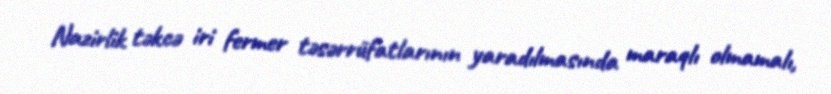
Nazirlik təkcə iri fermer təsərrüfatlarının yaradılmasında maraqlı olmamalı,